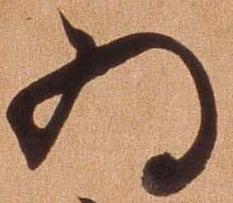
為